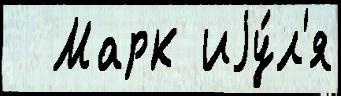
  Марк иjу́л'я